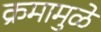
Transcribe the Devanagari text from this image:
क्रमामुळे